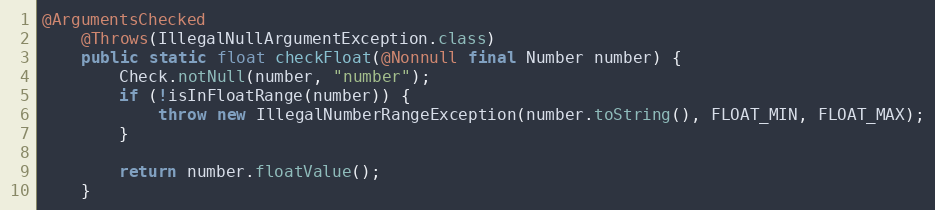
Language: Java
@ArgumentsChecked
	@Throws(IllegalNullArgumentException.class)
	public static float checkFloat(@Nonnull final Number number) {
		Check.notNull(number, "number");
		if (!isInFloatRange(number)) {
			throw new IllegalNumberRangeException(number.toString(), FLOAT_MIN, FLOAT_MAX);
		}

		return number.floatValue();
	}